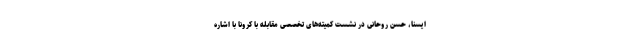
ایسنا، حسن روحانی در نشست کمیته‌های تخصصی مقابله با کرونا با اشاره